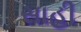
સાહી